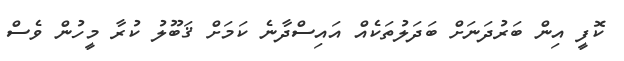
ކޮފީ އިން ބަރުދަނަށް ބަދަލުތަކެއް އައިސްދާނެ ކަމަށް ޤަބޫލު ކުރާ މީހުން ވެސް